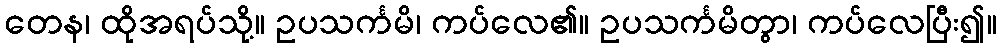
တေန၊ ထိုအရပ်သို့။ ဥပသင်္ကမိ၊ ကပ်လေ၏။ ဥပသင်္ကမိတွာ၊ ကပ်လေပြီး၍။